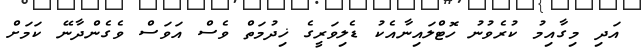
އަދި މިގާއިމު ކުރެވުނު ހޮޓްލައިނާއެކު ޑެލިވަރީގެ ޚިދުމަތް ވެސް އަވަސް ވެގެންދާނޭ ކަމަށް